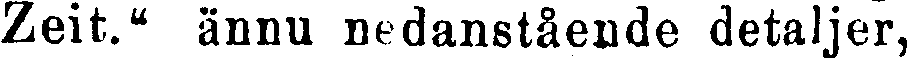
Zeit." ännu nedanstående detaljer,